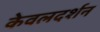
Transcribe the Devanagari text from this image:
केवलदर्शन